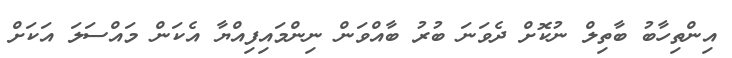
އިންތިހާބު ބާތިލް ނުކޮށް ދެވަނަ ބުރު ބާއްވަން ނިންމައިފިއްޔާ އެކަން މައްސަލަ އަކަށް